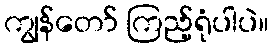
ကျွန်တော် ကြည့်ရုံပါပဲ။